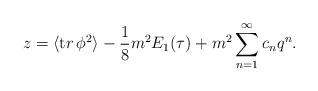
LaTeX: \begin{align*}z=\langle {\mathrm tr }\, \phi ^2\rangle - {1\over 8} m^2 E_1(\tau ) +m^2 \sum_{n=1}^{\infty}c_{n}q^{n}.\end{align*}